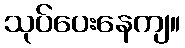
သုပ်ပေးနေကျ။